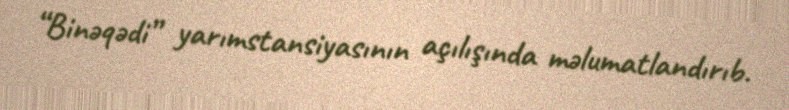
“Binəqədi” yarımstansiyasının açılışında məlumatlandırıb.